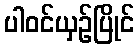
ပါဝင်ယှဉ်ပြိုင်